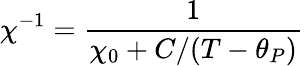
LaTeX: \chi^{-1}=\frac{1}{\chi_{0}+C/(T-\theta_{P})}